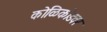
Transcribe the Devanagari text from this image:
कोळिकोडवर